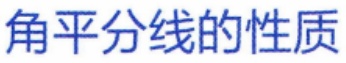
角平分线的性质